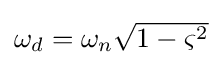
{\textstyle \omega _{d}=\omega _{n}{\sqrt {1-\varsigma ^{2}}}}